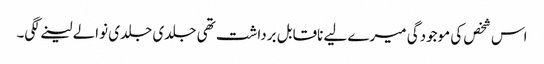
اس شخص کی موجودگی میرے لیے ناقابل برداشت تھی جلدی جلدی نوالے لینے لگی۔